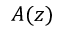
A ( z )